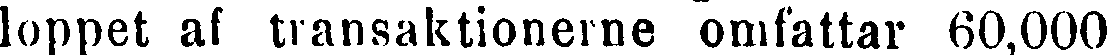
loppet af transaktionerne omfattar 60,000